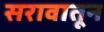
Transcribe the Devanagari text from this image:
सरावातून